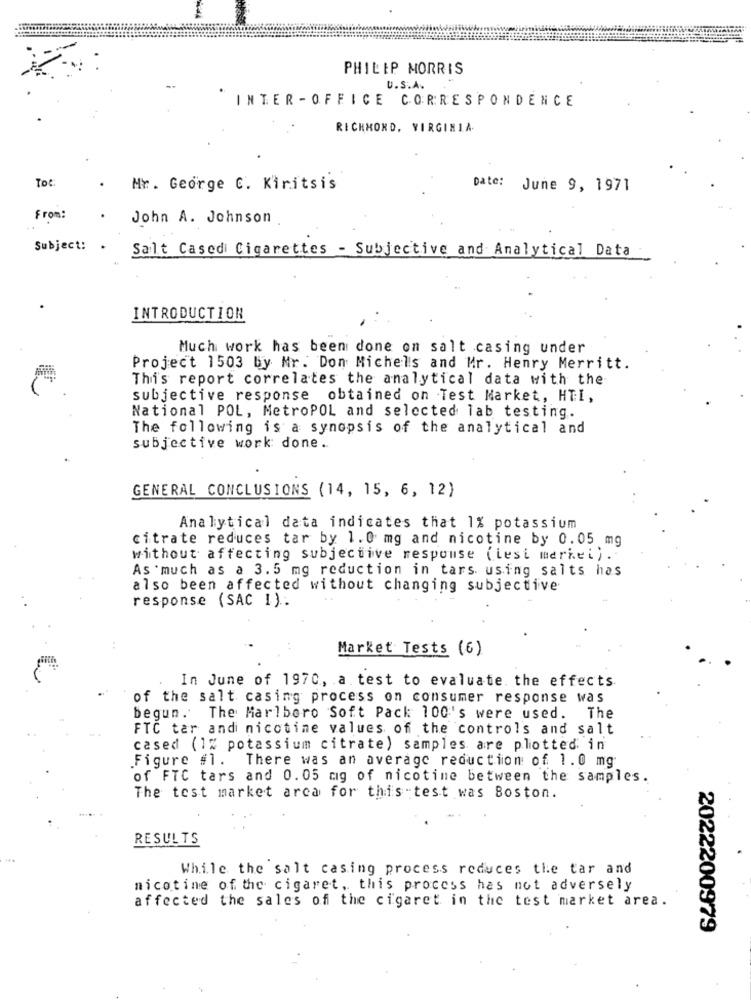
PHILIP MORRIS
U.S.A.
INTER - OFFICE CORRESPONDENCE
RICHMOND, VIRGINIA.
Toc
Mr. George C. Kiritsis
Date: June 9, 1971
From:
John A. Johnson
Subject:
Salt Casedi Cigarettes - Subjective and Analytical Data
INTRODUCTION
Much work has been done on salt casing under
Project 1503 By Mr. Don Michels and Mr. Henry Merritt.
Thi's report correlates the analytical data with the
subjective response obtained on Test Market, HTI,
National POL, MetroPOL and selected lab testing.
The following is a synopsis of the analytical and
subjective work done ..
GENERAL CONCLUSIONS (14, 15, 6, 12)
Analytical data indicates that 1% potassium
citrate reduces tar by 1.0 mg and nicotine by 0.05 mg
without affecting subjective response (iest merket) .
As much as a 3.5 mg reduction in tars using salts has
also been affected without changing subjective
response (SAC I) ..
Market Tests (6)
In June of 1970, a test to evaluate the effects
of the salt casing process on consumer response was
begun. The Marlboro Soft Pack 100's were used. The
FTC tar and nicotine values of the controls and salt
cased (1% potassium citrate) samples are plotted in
Figure #1.
There was an average reduction of 1.0 mg
of FTC tars and 0.05 mg of nicotine between the samples.
The test market arca for this test was Boston.
RESULTS
While the salt casing process reduces the tar and
nicotine of the cigaret, this process has not adversely
affected the sales of the cigaret in the test market area.
2022200979